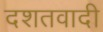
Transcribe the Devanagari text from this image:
दशतवादी